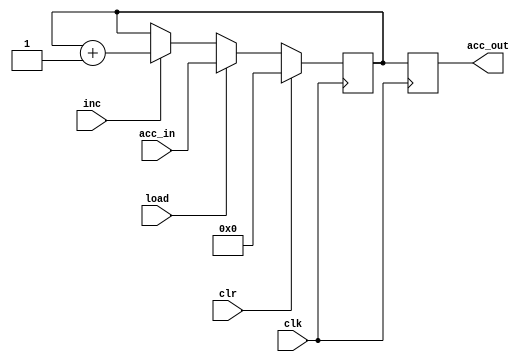
module acc_reg( acc_in, clk, load, clr, inc,acc_out);
output reg [15:0]acc_out;
input [15:0] acc_in;
input clk, load, inc, clr;
reg [15:0] temp;
always @ (posedge clk)

if(clr)
temp <= 12'b0;
else if(load)
temp <= acc_in;
else if(inc)
temp <= temp +1'b1;

always @ (posedge clk)
acc_out <= temp;

endmodule